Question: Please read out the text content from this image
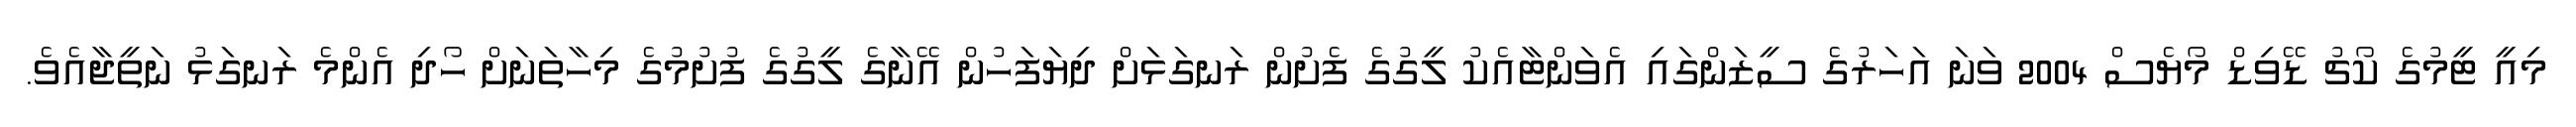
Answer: މިއީ ޓީމުގެ ކޯޗު ޑޭވިޑް މޯޔެސް 2004 ވަނަ އަހަރުގެ ސީޒަންގައި އެވަންޓާއެކު ލީގުގެ ފެށުން ރަނގަޅަށް ދިޔަފަހުން އޭނާގެ ލީގުގެ ފުށުމުގެ މިހާތަނަށް ހޯދި އެންމެ ރަނގަޅު ނަތީޖާއެވެ.